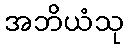
အဘိယံသု